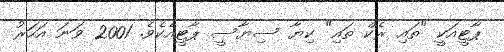
ޕާޓީއަކީ "ތައި ރެކް ތައި" ކިޔާ ސިޔާސީ ޕާޓީއެކެވެ. 2001 ވަނަ އަހަރު